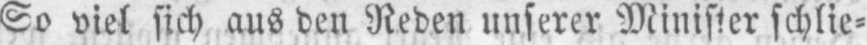
So viel sich aus den Reben unserer Minister schlie⸗